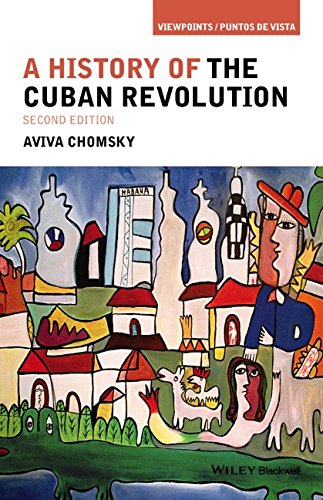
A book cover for A History of the Cuban Revolution (Viewpoints / Puntos de Vista); Aviva Chomsky; History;